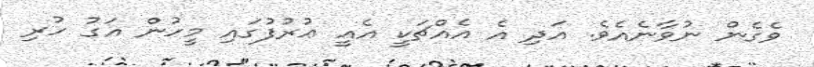
ވެގެން ނުވާނެއެވެ. އަދި އެ އެއްޗަކީ އެއީ ޢުރުފުގައި މީހުން އަގު ހުރި